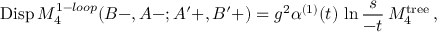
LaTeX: \mathrm { D i s p } \, M _ { 4 } ^ { 1 - l o o p } ( B - , A - ; A ^ { \prime } + , B ^ { \prime } + ) = g ^ { 2 } \alpha ^ { ( 1 ) } ( t ) \, \ln { \frac { s } { - t } } \, M _ { 4 } ^ { \mathrm { t r e e } } \, ,